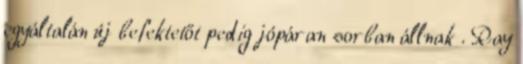
egyáltalán új befektetőt pedig jópáran sorban állnak . Ray